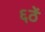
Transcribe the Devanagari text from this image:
६ठें